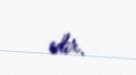
edir.